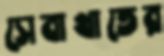
সেবাখাতের